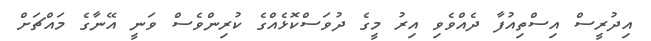
އިދުރީސް އިސްތިއުފާ ދެއްވެވި އިރު މީގެ ދުވަސްކޮޅެއްގެ ކުރިންވެސް ވަނީ އޭނާގެ މައްޗަށް